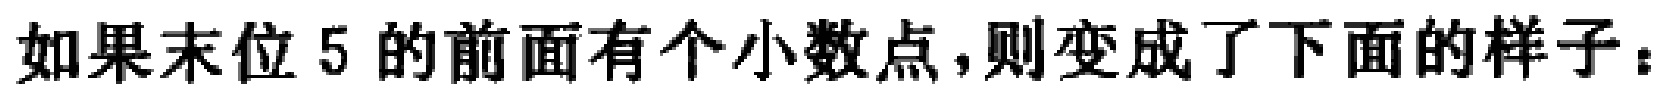
如果末位 5 的前面有个小数点，则变成了下面的样子：